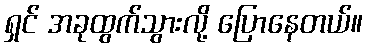
ရှင် အခုထွက်သွားလို့ ပြောနေတယ်။